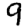
Digit: 9